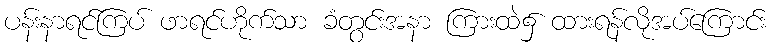
ပန်းနာရင်ကြပ် ဖာရင်ဟိုက်သာ ခံတွင်းအနာ ကြားထဲ၌ ထားရန်လိုအပ်ကြောင်း